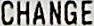
CHANGE